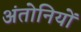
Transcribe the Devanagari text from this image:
अंतोनियों